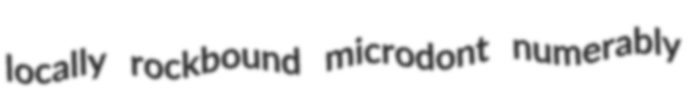
locally rockbound microdont numerably